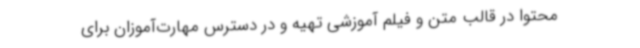
محتوا در قالب متن و فیلم آموزشی تهیه و در دسترس مهارت‌آموزان برای